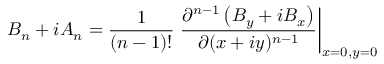
B _ { n } + i A _ { n } = \frac { 1 } { ( n - 1 ) ! } \left. \frac { \partial ^ { n - 1 } \left( B _ { y } + i B _ { x } \right) } { \partial ( x + i y ) ^ { n - 1 } } \right\rvert _ { x = 0 , y = 0 }